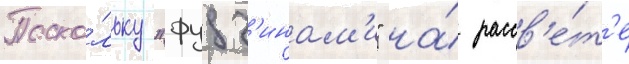
Поско́льку "фудз'инам'и" на́ рассв'е́т'е